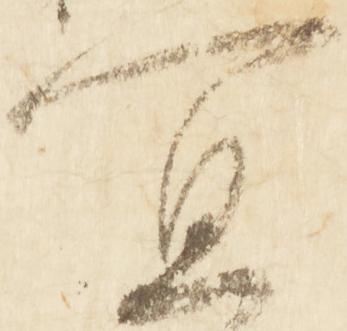
宣